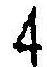
4